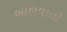
બાલવાતો